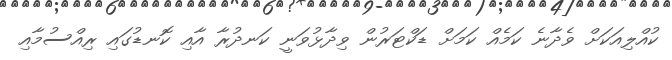
ކުއްލިއަކަށް ވެދާނެ ކަމެއް ކަމަށް ޑަކްޓަރުން ވިދާޅުވަނީ ކަނދުރާ އާއި ކޮނޑުގައި ރިއްސުމާއި